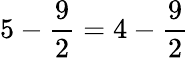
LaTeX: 5-{\frac{9}{2}}=4-{\frac{9}{2}}